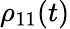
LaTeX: \rho_{11}(t)